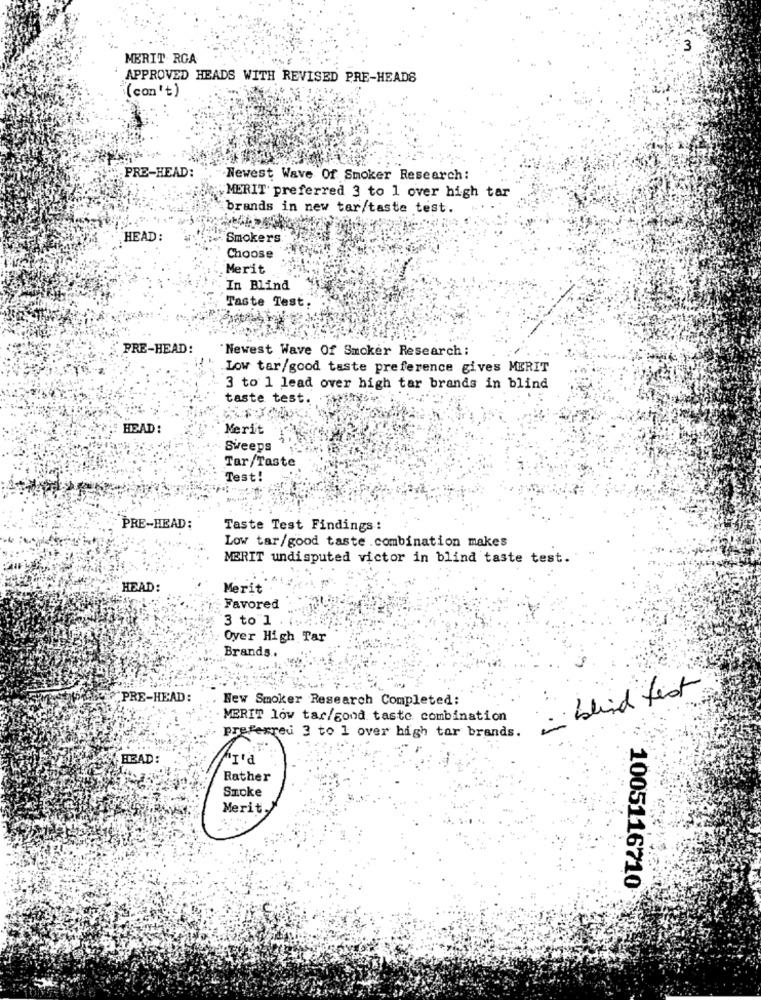
MERIT RGA
APPROVED HEADS WITH REVISED PRE-HEADS
(con't)
PRE-HEAD:
Newest Wave Of Smoker Research:
MERIT preferred 3 to 1 over high tar
brands in new tar/taste test.
HEAD :
Smokers.
Choose
Merit
In Blind
Taste Test.
PRE-HEAD:
'Newest Wave Of Smoker Research :
.Low tar/good taste preference gives MERIT
3 to 1 lead over high tar brands in blind
taste test. .
HEAD :
Merit
Sweeps
Tar/Taste
Test!
PRE-HEAD:
Taste Test Findings:
Low tar/good taste .combination makes
MERIT undisputed victor in blind taste test.
HEAD:
Merit
Favored
3 to 1 .
Over High Tar
Brands ..
in blind test
PRE-HEAD:
Hew Smoker Research Completed:
MERIT low tar/good taste combination
preferred 3 to 1 over high tar brands.
HEAD:
Rather
Smoke
Merit
1005116710